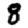
Digit: 8